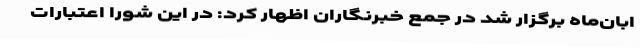
ابان‌ماه برگزار شد در جمع خبرنگاران اظهار کرد: در این شورا اعتبارات